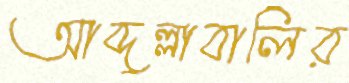
আব্দুল্লাবালির